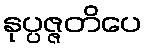
နုပ္ပဇ္ဇတိပေ